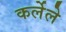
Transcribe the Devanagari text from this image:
कर्लेले